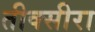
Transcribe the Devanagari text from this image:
तीक्सीरा